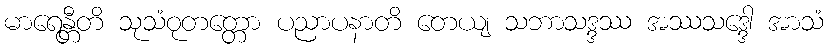
မာရေန္တီတိ သုသံဝုတတ္တော ပညာပနာတိ တေယျ သဘာသဒ္ဒဿ အဿသဒ္ဒေါ အာသံ